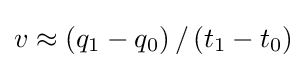
v\approx \left(q_{1}-q_{0}\right)/\left(t_{1}-t_{0}\right)